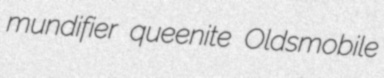
mundifier queenite Oldsmobile